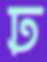
ঢ